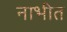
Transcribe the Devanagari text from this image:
नाभीत